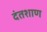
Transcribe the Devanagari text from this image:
दंतशाण